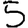
Digit: 5